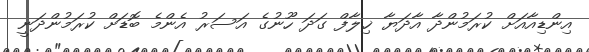
އިންޑިއާއަށް ކުރަމުންދާ އާދަޔާ ޚިލާފް ގަދަ ހޫނުގެ އަސަރު އެންމެ ބޮޑަށް ކުރަމުންދަނީ